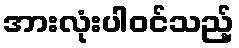
အားလုံးပါဝင်သည့်